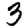
Digit: 3